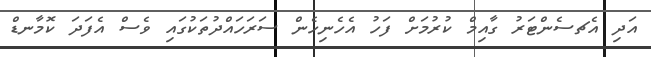
އަދި އެޗސެންޓަރު ގާއިމް ކުރުމަށް ފަހު އެހެނިހެން ސަރަހައްދުތަކުގައި ވެސް އެފަދަ ކޮމާނޑް